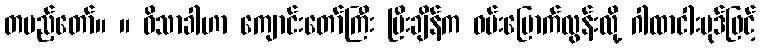
တပည့်တော်။ ။ ဝိသာခါဟာ ကျောင်းတော်ကြီး ပြီးချိန်က ဝမ်းမြောက်လွန်းလို့ ဂါထာငါးပုဒ်ဖြင့်